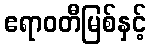
ဧရာဝတီမြစ်နှင့်